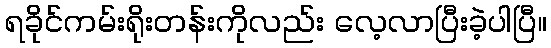
ရခိုင်ကမ်းရိုးတန်းကိုလည်း လေ့လာပြီးခဲ့ပါပြီ။